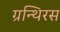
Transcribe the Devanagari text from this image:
ग्रन्थिरस